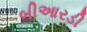
બીઆરડી